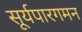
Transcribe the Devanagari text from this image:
सूर्यपारगमन